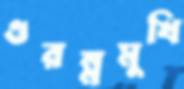
গুরম্নমুখি